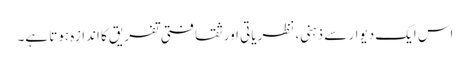
اس ایک دیوار سے ذہنی، نظریاتی اور ثقافتی تفریق کا اندازہ ہوتا ہے۔